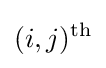
(i,j)^{\text{th}}